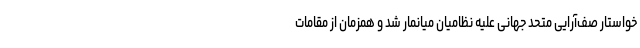
خواستار صف‌آرایی متحد جهانی علیه نظامیان میانمار شد و همزمان از مقامات